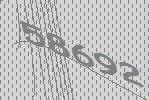
58692